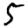
Digit: 5